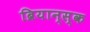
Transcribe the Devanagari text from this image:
ब्रियान्स्क